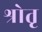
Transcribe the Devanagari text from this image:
श्रोतृ